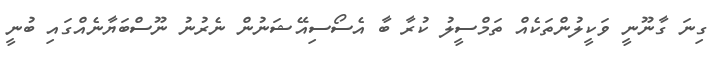
ގިނަ ގާނޫނީ ވަކީލުންތަކެއްް ތަމްސީލު ކުރާ ބާ އެސޯސިއޭޝަނުން ނެރުނު ނޫސްބަޔާނެއްގައި ބުނީ